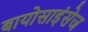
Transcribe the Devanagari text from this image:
बायोसाइंसेज